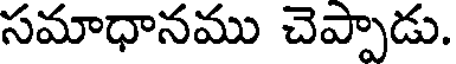
సమాధానము చెప్పాడు.